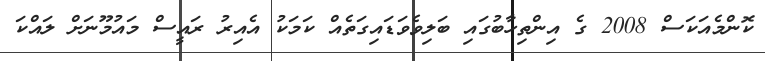
ކޮންމެއަކަސް 2008 ގެ އިންތިހާބުގައި ބަލިވެވަޑައިގަތެއް ކަމަކު އެއިރު ރައީސް މައުމޫނަށް ލައްކަ